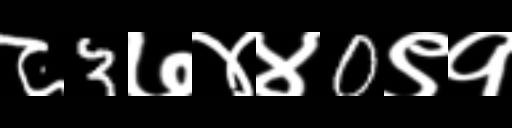
Text: ८3७४४0९१